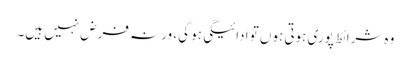
وہ شرائط پوری ہوتی ہوں تو ادائیگی ہو گی، ورنہ فرض نہیں ہیں۔